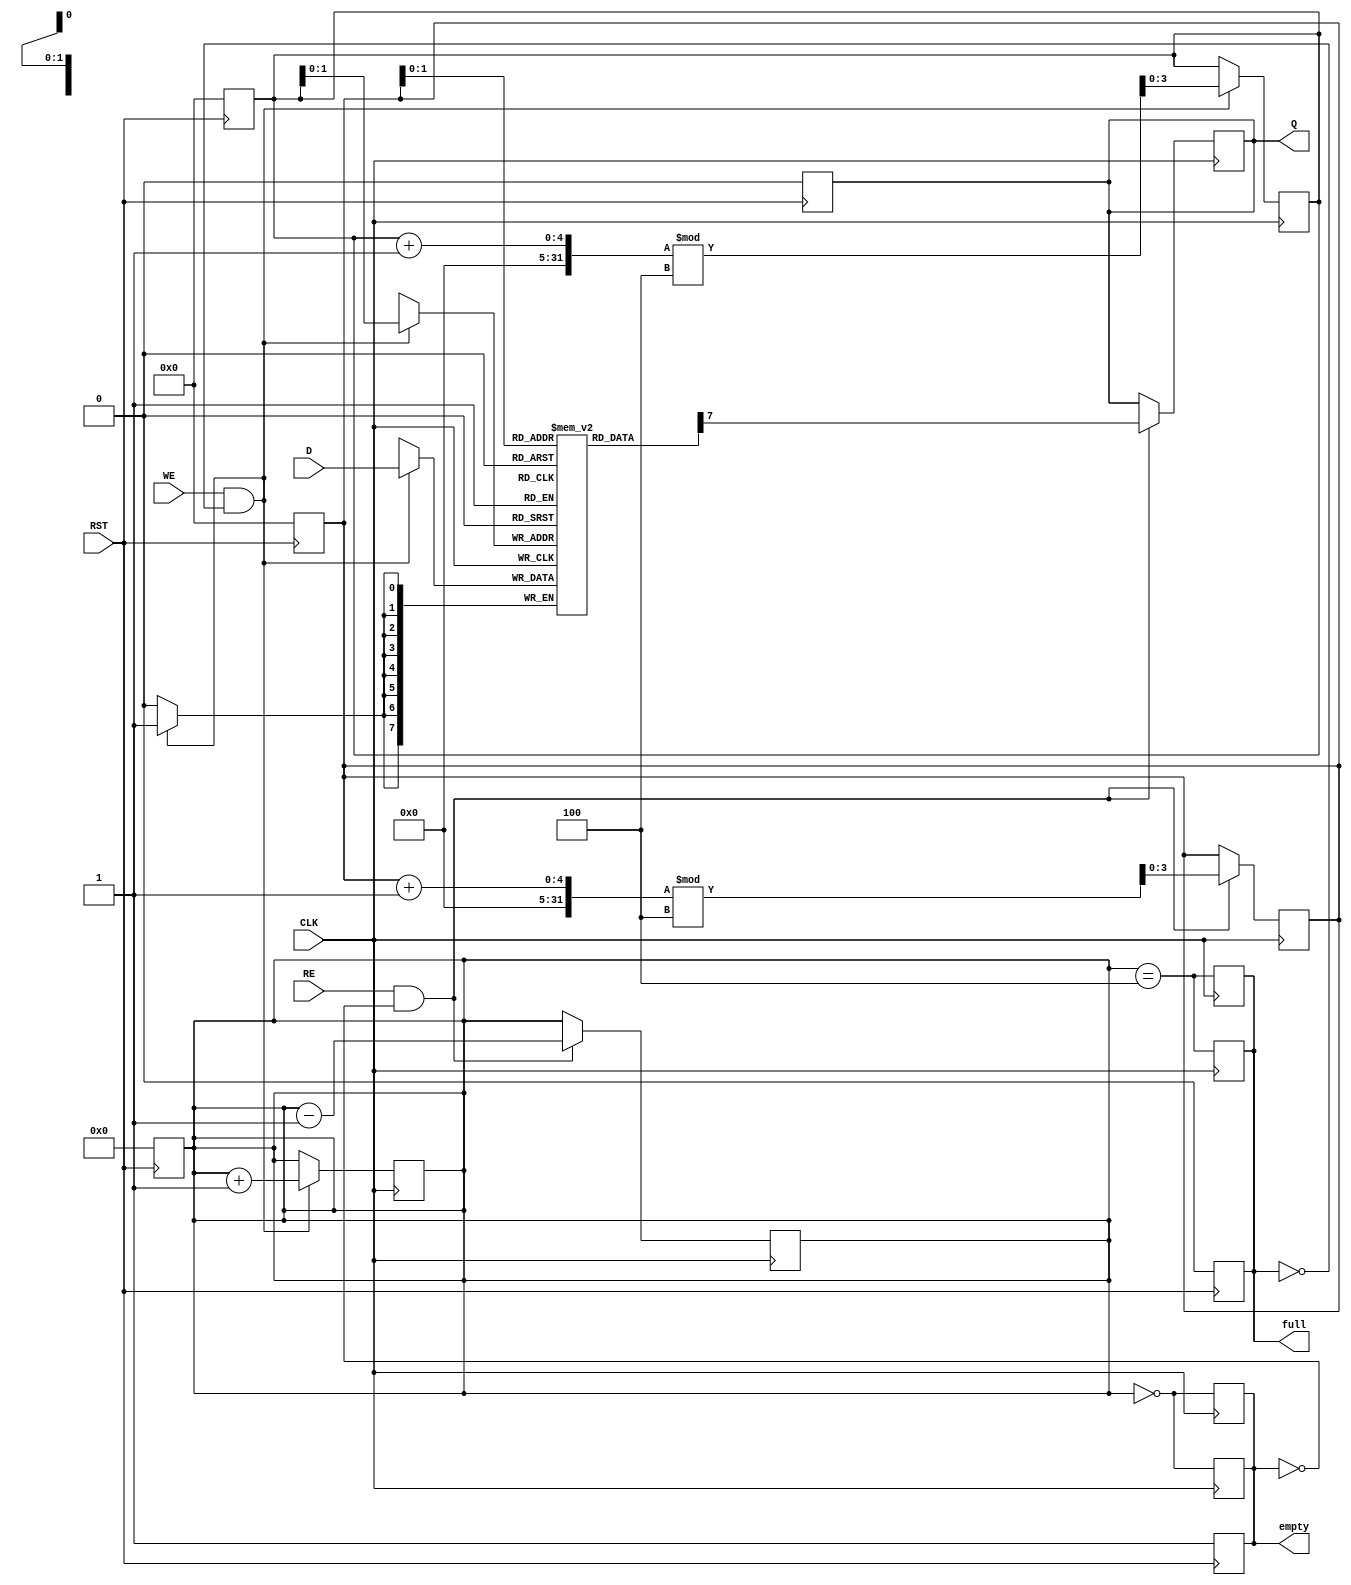
module FIFO_PISO #(
    parameter DATA_WIDTH = 8,  // Width of parallel data input
    parameter DEPTH = 4         // Depth of FIFO (number of registers)
)(
    input wire [DATA_WIDTH-1:0] D,  // Parallel data input
    input wire WE,                   // Write Enable
    input wire RE,                   // Read Enable
    input wire CLK,                  // Clock
    input wire RST,                  // Reset
    output reg Q,                    // Serial output
    output reg full,                 // Full Flag
    output reg empty                 // Empty Flag
);

    reg [DATA_WIDTH-1:0] fifo_storage [0:DEPTH-1]; // FIFO storage
    reg [DEPTH-1:0] read_pointer;                    // Pointer for reading
    reg [DEPTH-1:0] write_pointer;                   // Pointer for writing
    reg [DEPTH:0] count;                             // Count of items in FIFO

    // Asynchronous reset
    always @(posedge RST) begin
        read_pointer <= 0;
        write_pointer <= 0;
        count <= 0;
        full <= 0;
        empty <= 1;
        Q <= 0;
    end

    // Write operation
    always @(posedge CLK) begin
        if (WE && !full) begin
            fifo_storage[write_pointer] <= D; // Store the data
            write_pointer <= (write_pointer + 1) % DEPTH; // Circular buffer
            count <= count + 1; // Increment the count
        end
        
        // Update full and empty flags
        full <= (count == DEPTH);
        empty <= (count == 0);
    end

    // Read operation
    always @(posedge CLK) begin
        if (RE && !empty) begin
            Q <= fifo_storage[read_pointer][DATA_WIDTH-1]; // Output the MSB
            read_pointer <= (read_pointer + 1) % DEPTH; // Circular buffer
            count <= count - 1; // Decrement the count
        end
        
        // Update full and empty flags
        full <= (count == DEPTH);
        empty <= (count == 0);
    end

endmodule